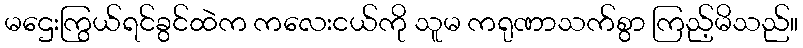
မဌေးကြွယ်ရင်ခွင်ထဲက ကလေးငယ်ကို သူမ ကရုဏာသက်စွာ ကြည့်မိသည်။